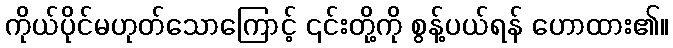
ကိုယ်ပိုင်မဟုတ်သောကြောင့် ၎င်းတို့ကို စွန့်ပယ်ရန် ဟောထား၏။